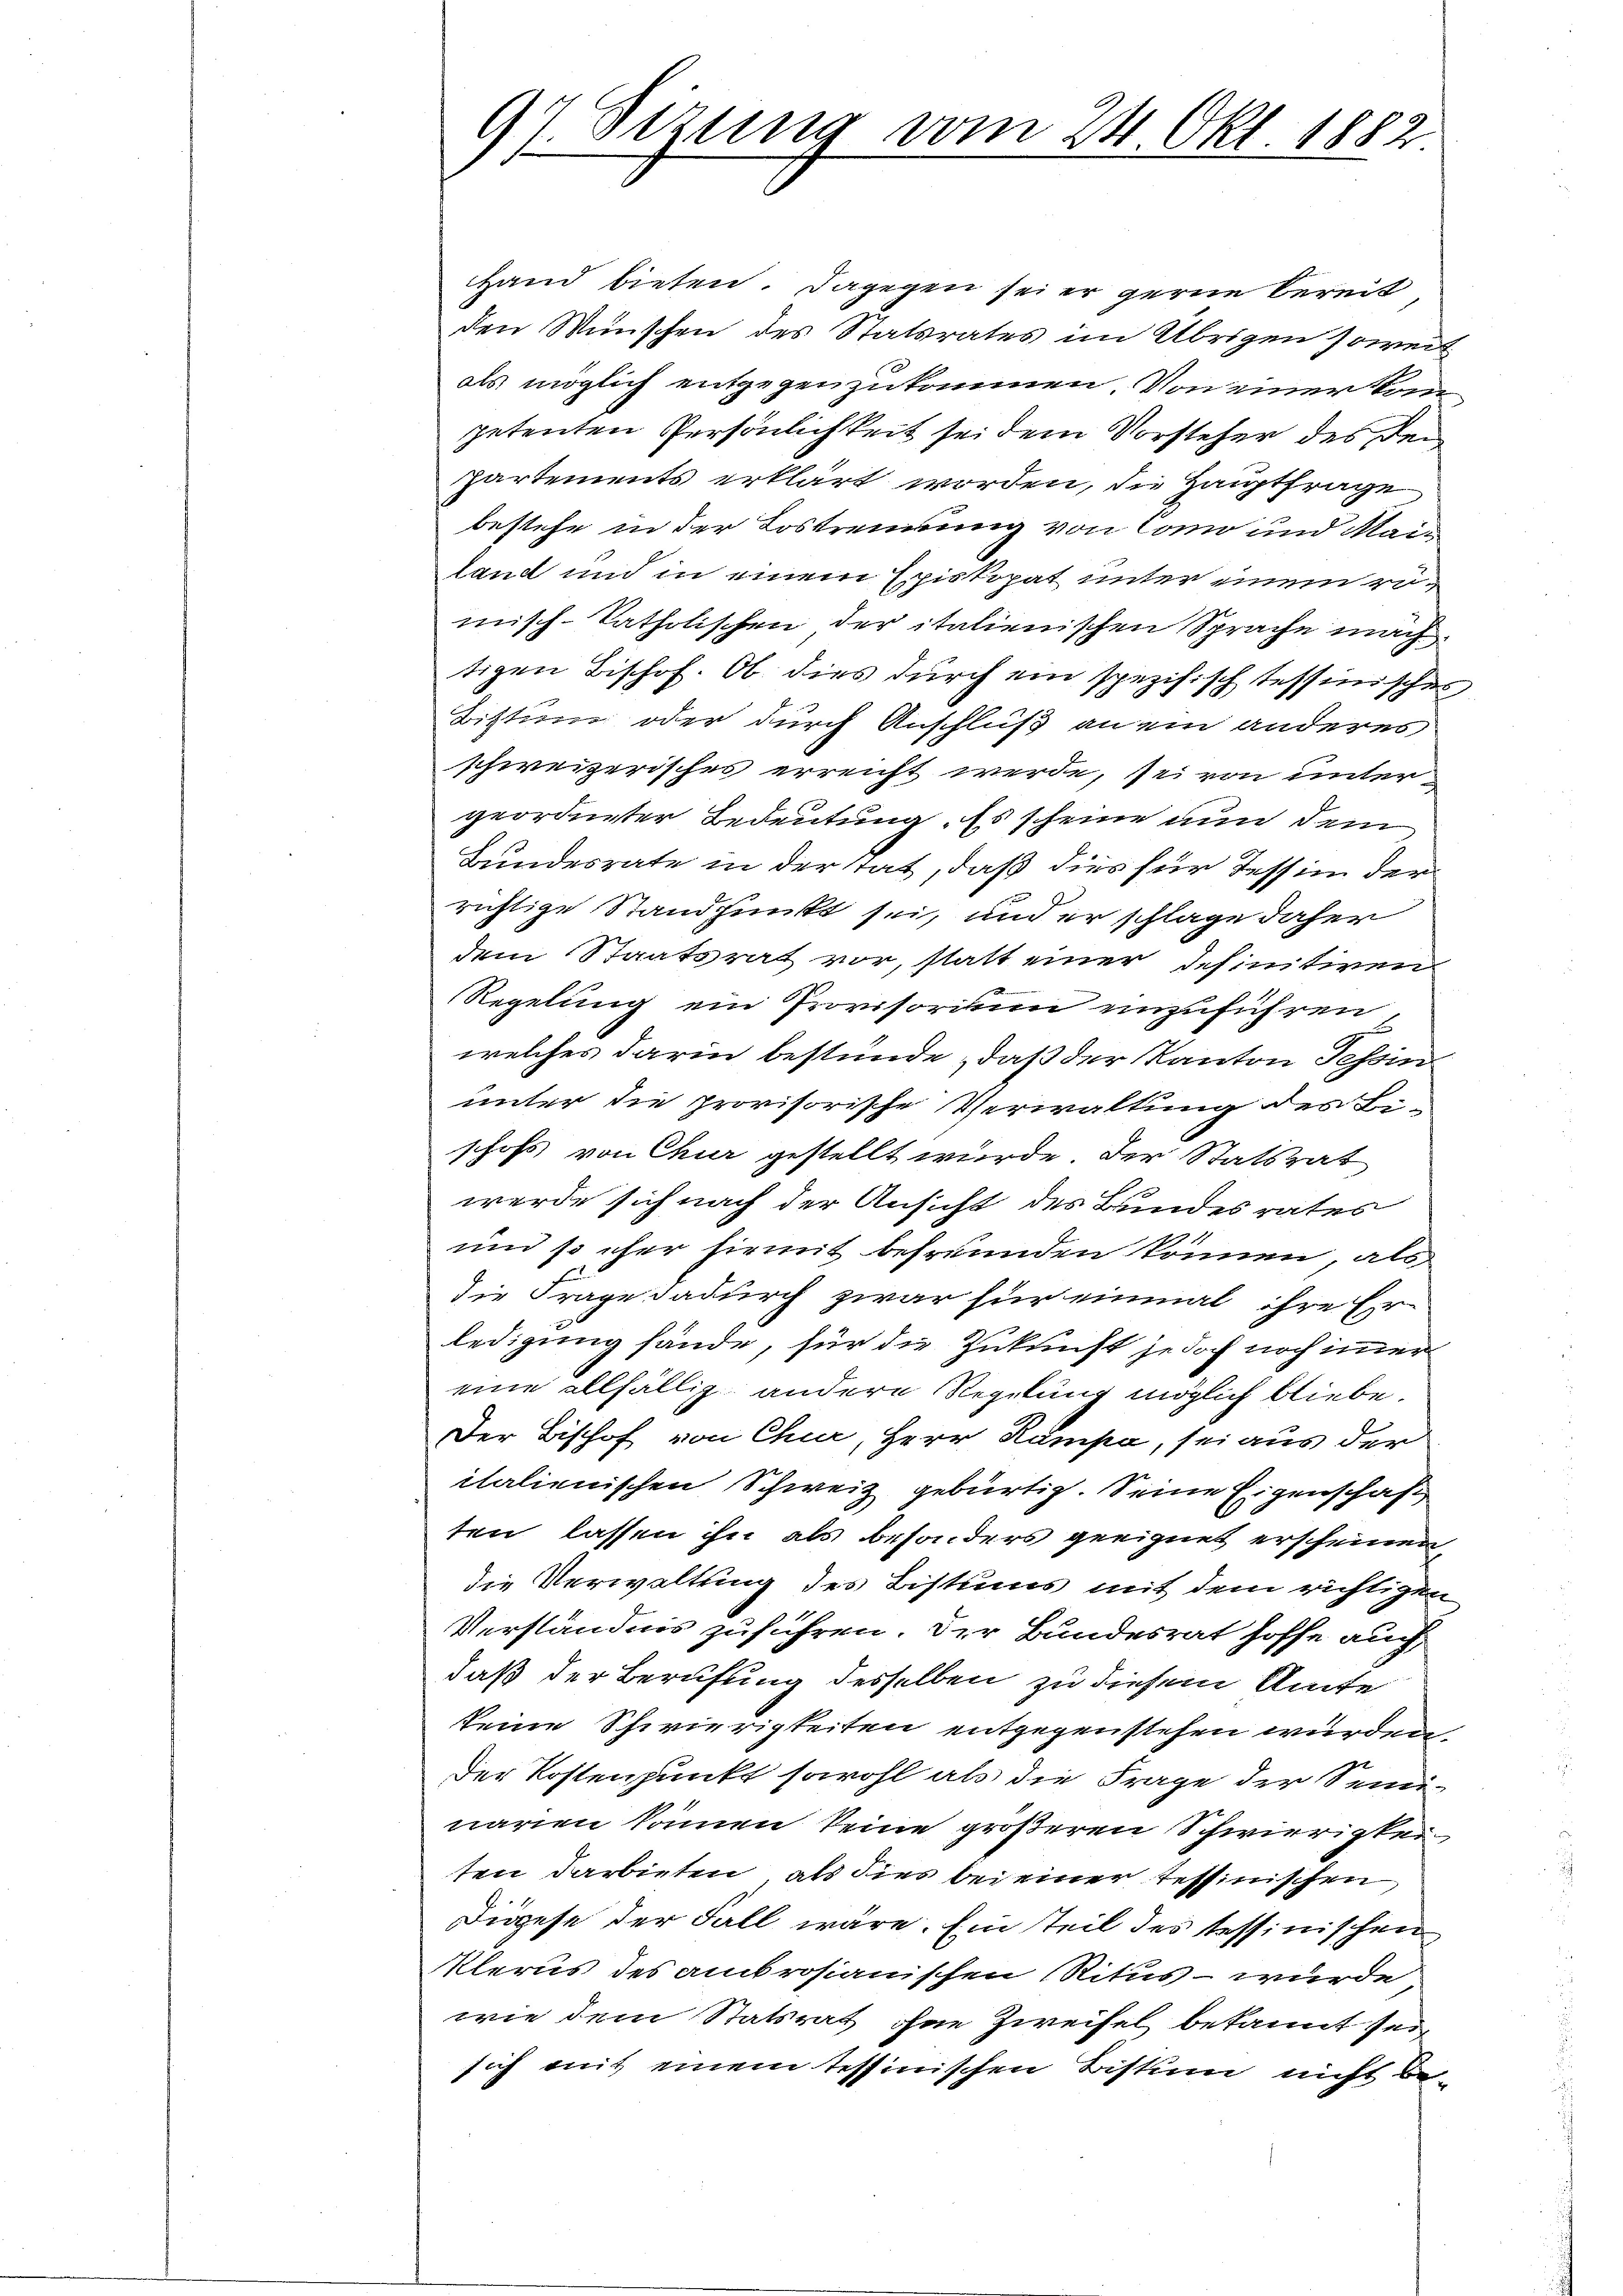
.
Setzung vom 24 Okt. 1882.
1

Hand bieten. Dagegen sei er gerne bereit
den Wünschen des Statsrates im Übrigen soweit
als möglich entgegenzukommen. Von einer kom
petenten Persönlichkeit sei dem Vorsteher des den
partements erklärt worden, die Hauptfrage
bestehe in der Lostrennung von Como und Mailand und in einem Episkopat unter inein romisch-katholischen der italienischen Sprache nach.
tigen Bischof. Ob dies durch ein spezifisch tessinisches
Bistum oder durch Anschluß an ein anderes
schweizerisches erreicht werde, sei von untergeordneter Bedeutung. Es scheine nun dem
Bundesrate in der tat, daß dies für Tessin der
richtige Standpunkt sei, und er schlage daher
dem Staatsrat vor, statt einer definitiven
Regelung ein Provisorium einzuführen,
welches darin bestünde, daß der Kanton Tessin
unter die provisorische Verwaltung des Bi-
schofs von Chur gestellt wurde der Statsrat
werde sich nach der Ansicht des Bundesrates
und so eher hiemit befreunden können, als
die Frage dadurch zwar für einmal ihre Er-
ledigung fände, für die Zukunft jedoch noch immer
eine allfällig andere Regelung möglich bliebe.
Der Bischof von Chur, Herr Rampa, sei aus der
italienischen Schweiz gebürtig. Seine Eigenschaft
ten lassen ihn als besonders geeignet erscheinen
die Verwaltung des Bistums mit dem richtigen
Verständnis zuführen. Der Bundesrat hoffe auch
daß der Berufung desselben zu diesem Amte
keine Schwierigkeiten entgegenstehen wurden.
Der Kostenpunkt sowohl als die Frage der Seminarien können keine größeren Schwierigkei
ten darbieten, als dies bei einer Tessinischen,
Diese der Fall wäre. Ein Teil des tessinischen
lerus des ambrosianischen Mitus – wurde
wie dem Statsrat ohne Zweifel bekannt sei,
sich mit einem tessinischen Bistum nicht be-